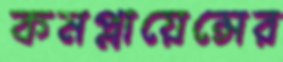
কমপ্লায়েন্সের